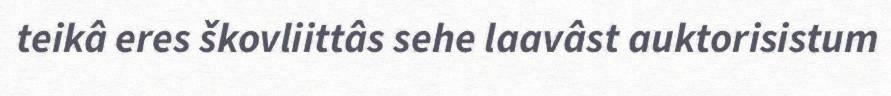
teikâ eres škovliittâs sehe laavâst auktorisistum